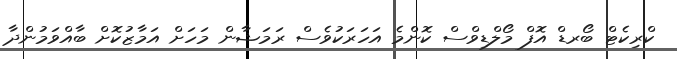
ކްރިކެޓް ބޯރޑް އޮފް މޯލްޑިވްސް ކޮންމެ އަހަރަކުވެސް ރަމަޝާން މަހަށް އަމާޒުކޮށް ބާއްވަމުންދާ